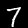
Label: 7